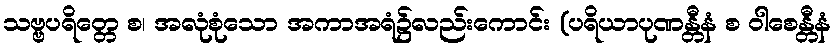
သဗ္ဗပရိတ္တေ စ၊ အလုံစုံသော အကာအရံ၌လည်းကောင်း (ပရိယာပုဏန္တီနံ စ ဝါစေန္တီနံ